Annual report of the Civil Veterinary Department, Bengal, for the year 1897-98 - 1897-1898
Year: 1897
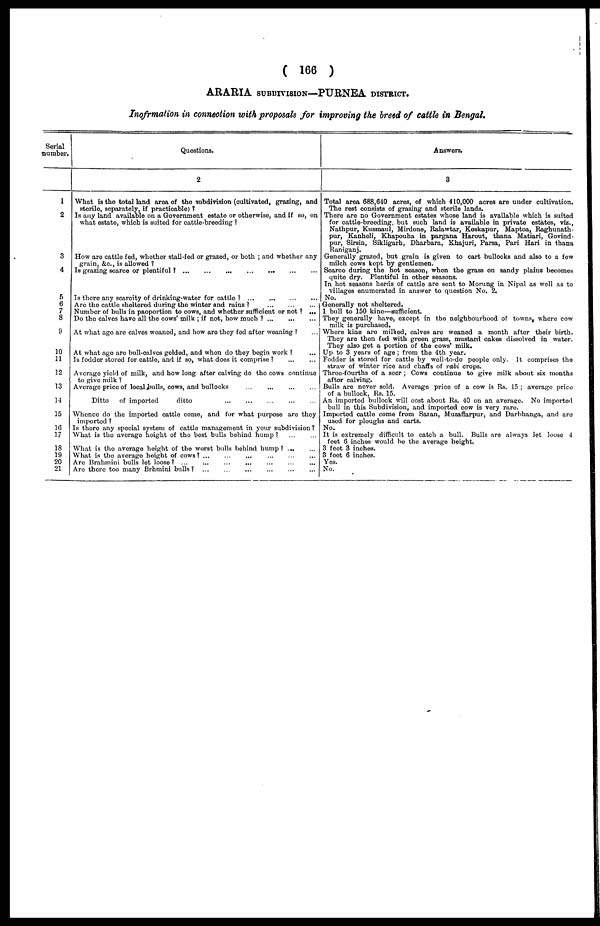
( 166 )
ARARIA SUBDIVISION—PURNEA DISTRICT
Inofrmation in connection with proposals for improving the breed of cattle in Bengal.
Serial
number.
1
2
3
4
5
6
7
3
9
10
11
12
13
14
15
16
17
18
19
20
21
Questions.
What is the total land area of the subdivision (cultivated, grazing, and
stcrile, separately, if practicable) ?
Is any land available on a Government estate or otherwise, and If so, on
what estate, which is suited for cattle-breeding ?
How are cattle fed, whether stall-fed or grazed, or both ; and whether any
grain, &c., is allowed ?
Is grazing scarce or plentiful ? ... ... ... ... ... ... ... ...
Is there any scarcity of drinking-water for cattle ? ... ... ... ...
Are the cattle sheltered during the winter and rains? ... ... ... ...
Number of bulls in paoportion to cows, and whether sufficient or not ? ...
Do the calves have all the cows' milk ; if not, how much ? ...
...
...
At what age are calves weaned, and how are they fed after weaning ? ...
At what age are bull-calves gelded, and when do they begin work ? ...
Is foddor stored for cattle, and if so, what does it comprise ? ... ...
Average yield of milk, and how long after calving do the cows continue
to give milk ?
Average price of local bulls, cows, and bullocks
Ditto
of imported
ditto ... ... ... ... ... ...
Whenco do the imported cattle come, and for what purpose are they
imported ?
Is there any special system of cattle management in your subdivision?
What is the average height of the best bulls behind hump?
...
...
What is the average height of the worst bulls behind hump? ... ...
What is the average height of cows? ... ... ... ... ... ... ... ...
Arc Brahmini bulls lot loose? ...
...
...
...
Are there too many Brhmini bulls?
... ... ... ... ...
Answers.
3
Total area 688,640 acres, of which 410,000 acres are under cultivation.
The rest consists of grazing and sterile lands.
There are no Government estates whose land is available which is suited
for cattle-breeding, but such land is available in private estates, viz.,
Nathpur, Kusmaul, Mirdone, Ralawtar, Koskapur. Maptoa, Raghunath-
pur, Kanheli, Khapouha in pargana Harout, thana Matiari, Govind-
pur, Sirsin, Sikligarh, Dharbara, Khajuri, Parsa, Pari Hari in thana
Raniganj.
Generally grazed, but grain is given to cart bullocks and also to a few
milch cows kept by gentlemen.
Scarce during the hot season, when the grass on sandy plains becomes
quite dry. Plentiful in other seasons.
In hot seasons herds of cattle are sent to Morung in Nipal as well as to
villages enumerated in answer to question No. 2.
No.
Generally not sheltered.
1 bull to 150 kine—sufficient.
They generally have, except in the neighbourhood of towns, where cow
milk is purchased.
Whore kine are milked, calves are weaned a month after their birth.
They are then fed with green grass, mustard cakes dissolved in water.
They also get a portion of the cows' milk.
Up to 3 years of age ; from the 4th year.
Foddor is stored for cattle by well-to-do people only. It comprises the
straw of winter rice and chaffs of rabi crops.
Three-fourths of a seer ; Cows continue to give milk about six months
after calving.
Bulls are never sold. Average price of a cow is Rs. 15 ; average price
of a bullock, Rs. 15.
An imported bullock will cost about Rs. 40 on an average. No imported
bull in this Subdivision, and imported cow is very rare.
Imported cattle come from Saran, Muzaffarpur, and Darbhanga, and are
used for ploughs and carts.
No.
It is extremely difficult to catch a bull. Bulls are always let loose 4
feet 6 inches would be the average height.
3 foot 3 inches.
3 foot 6 inches.
Yes.
No.